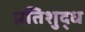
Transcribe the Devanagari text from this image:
प्रतिशुद्ध